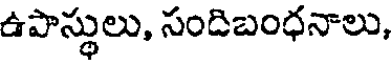
ఉపాస్థులు, సందిబంధనాలు,